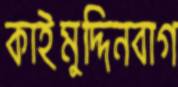
কাইমুদ্দিনবাগ